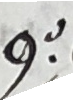
9.